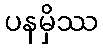
ပနမှိဿ